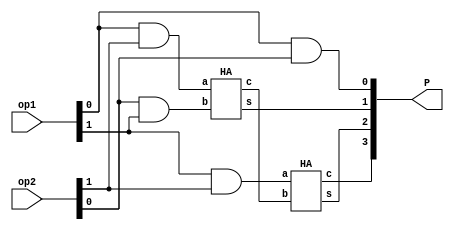
`timescale 1ns / 1ps

module multiply_2bit(
    input [1:0] op1,op2,
    output [3:0] P
    );
    wire w1,w2,w3,w4;
    
    assign P[0] = op1[0]&op2[0];
    assign w1 = op1[0]&op2[1];
    assign w2 = op2[0]&op1[1];
    assign w3 = op1[1]&op2[1];
    HA h1(w1,w2,P[1],w4);
    HA h2(w3,w4,P[2],P[3]);
    
endmodule

module HA(a,b,s,c);
    input a,b;
    output s,c;
    
    assign s = a^b;
    assign c = a&b;
    
endmodule